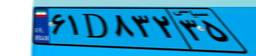
۱۱D۷۳۹۹۱